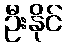
ဦးနိုင်